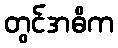
တွင်အဓိက